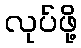
လုပ်ဖို့